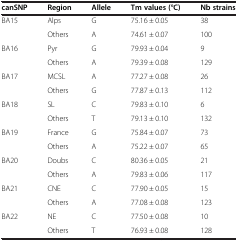
| canSNP | Region | Allele | Tm values (°C) | Nb strains |
 | --- | --- | --- | --- | --- |
 | <ROWSPAN=2> BA15 | Alps | G | 75.16 ± 0.05 | 38 |
 | Others | A | 74.61 ± 0.07 | 100 |
 | <ROWSPAN=2> BA16 | Pyr | G | 79.93 ± 0.04 | 9 |
 | Others | A | 79.39 ± 0.08 | 129 |
 | <ROWSPAN=2> BA17 | MCSL | A | 77.27 ± 0.08 | 26 |
 | Others | G | 77.87 ± 0.13 | 112 |
 | <ROWSPAN=2> BA18 | SL | C | 79.83 ± 0.10 | 6 |
 | Others | T | 79.13 ± 0.10 | 132 |
 | <ROWSPAN=2> BA19 | France | G | 75.84 ± 0.07 | 73 |
 | Others | A | 75.22 ± 0.07 | 65 |
 | <ROWSPAN=2> BA20 | Doubs | C | 80.36 ± 0.05 | 21 |
 | Others | A | 79.83 ± 0.06 | 117 |
 | <ROWSPAN=2> BA21 | CNE | C | 77.90 ± 0.05 | 15 |
 | Others | A | 77.08 ± 0.08 | 123 |
 | <ROWSPAN=2> BA22 | NE | C | 77.50 ± 0.08 | 10 |
 | Others | T | 76.93 ± 0.08 | 128 |